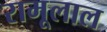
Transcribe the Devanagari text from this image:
रामूलाल